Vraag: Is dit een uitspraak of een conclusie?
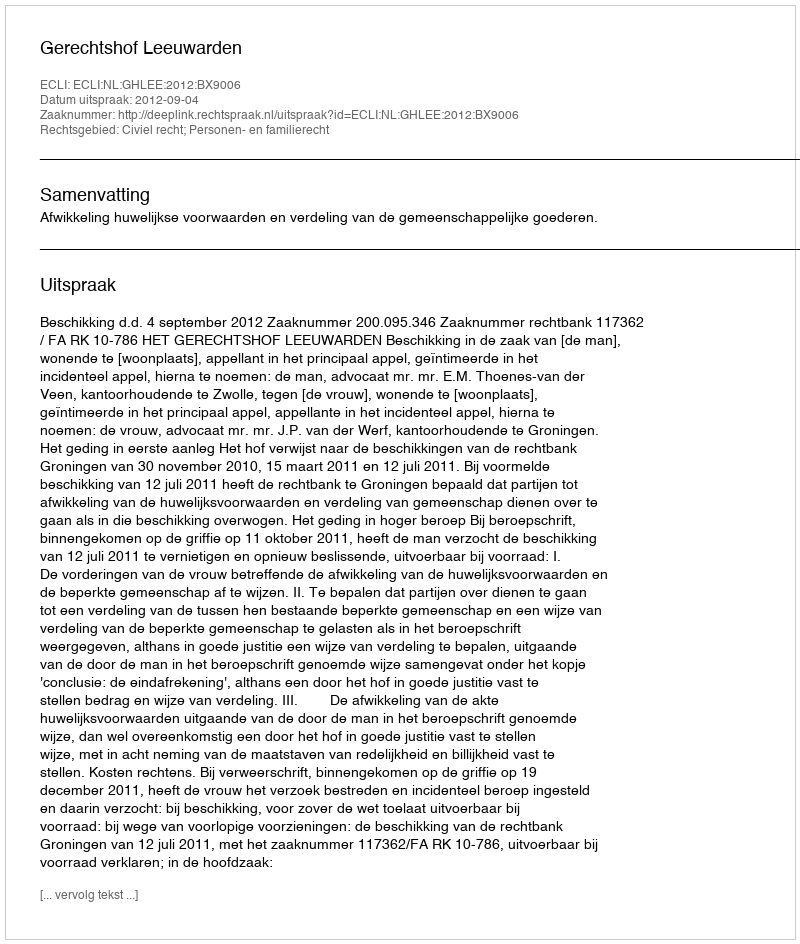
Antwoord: Uitspraak